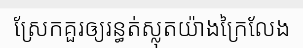
ស្រែកគួរឲ្យរន្ធត់ស្លុតយ៉ាងក្រៃលែង